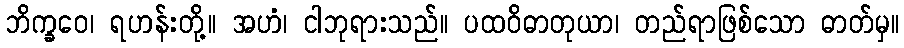
ဘိက္ခဝေ၊ ရဟန်းတို့။ အဟံ၊ ငါဘုရားသည်။ ပထဝိဓာတုယာ၊ တည်ရာဖြစ်သော ဓာတ်မှ။